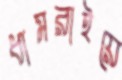
ধামরাইয়ে